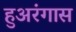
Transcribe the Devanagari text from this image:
हुअरंगास